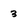
Character: 3